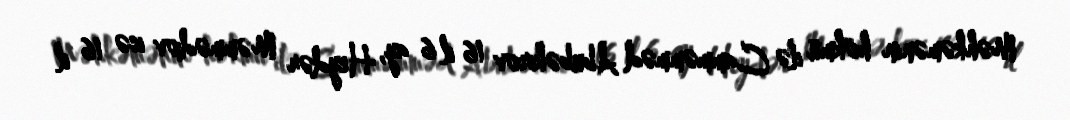
Məhkəmənin hökmü ilə Camməmməd Abubəkirov 16 il 6 ay, Heydər Məmmədov isə 16 il